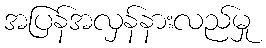
အပြန်အလှန်နားလည်မှု